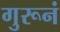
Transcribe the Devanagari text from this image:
गुरूनं